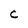
Character: C